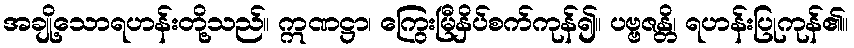
အချို့သောရဟန်းတို့သည်။ ဣဏဋ္ဌာ၊ ကြွေးမြီနှိပ်စက်ကုန်၍။ ပဗ္ဗဇန္တိ၊ ရဟန်းပြုကုန်၏။